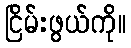
ငြိမ်းဖွယ်ကို။